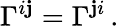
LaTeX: {\Gamma^{i\mathbf{j}}=\Gamma^{\mathbf{j}i}\, .}